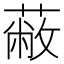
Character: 蔽